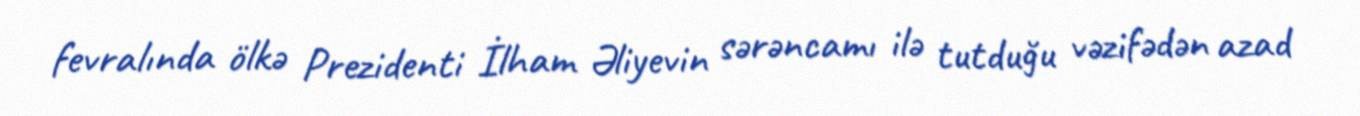
fevralında ölkə Prezidenti İlham Əliyevin sərəncamı ilə tutduğu vəzifədən azad